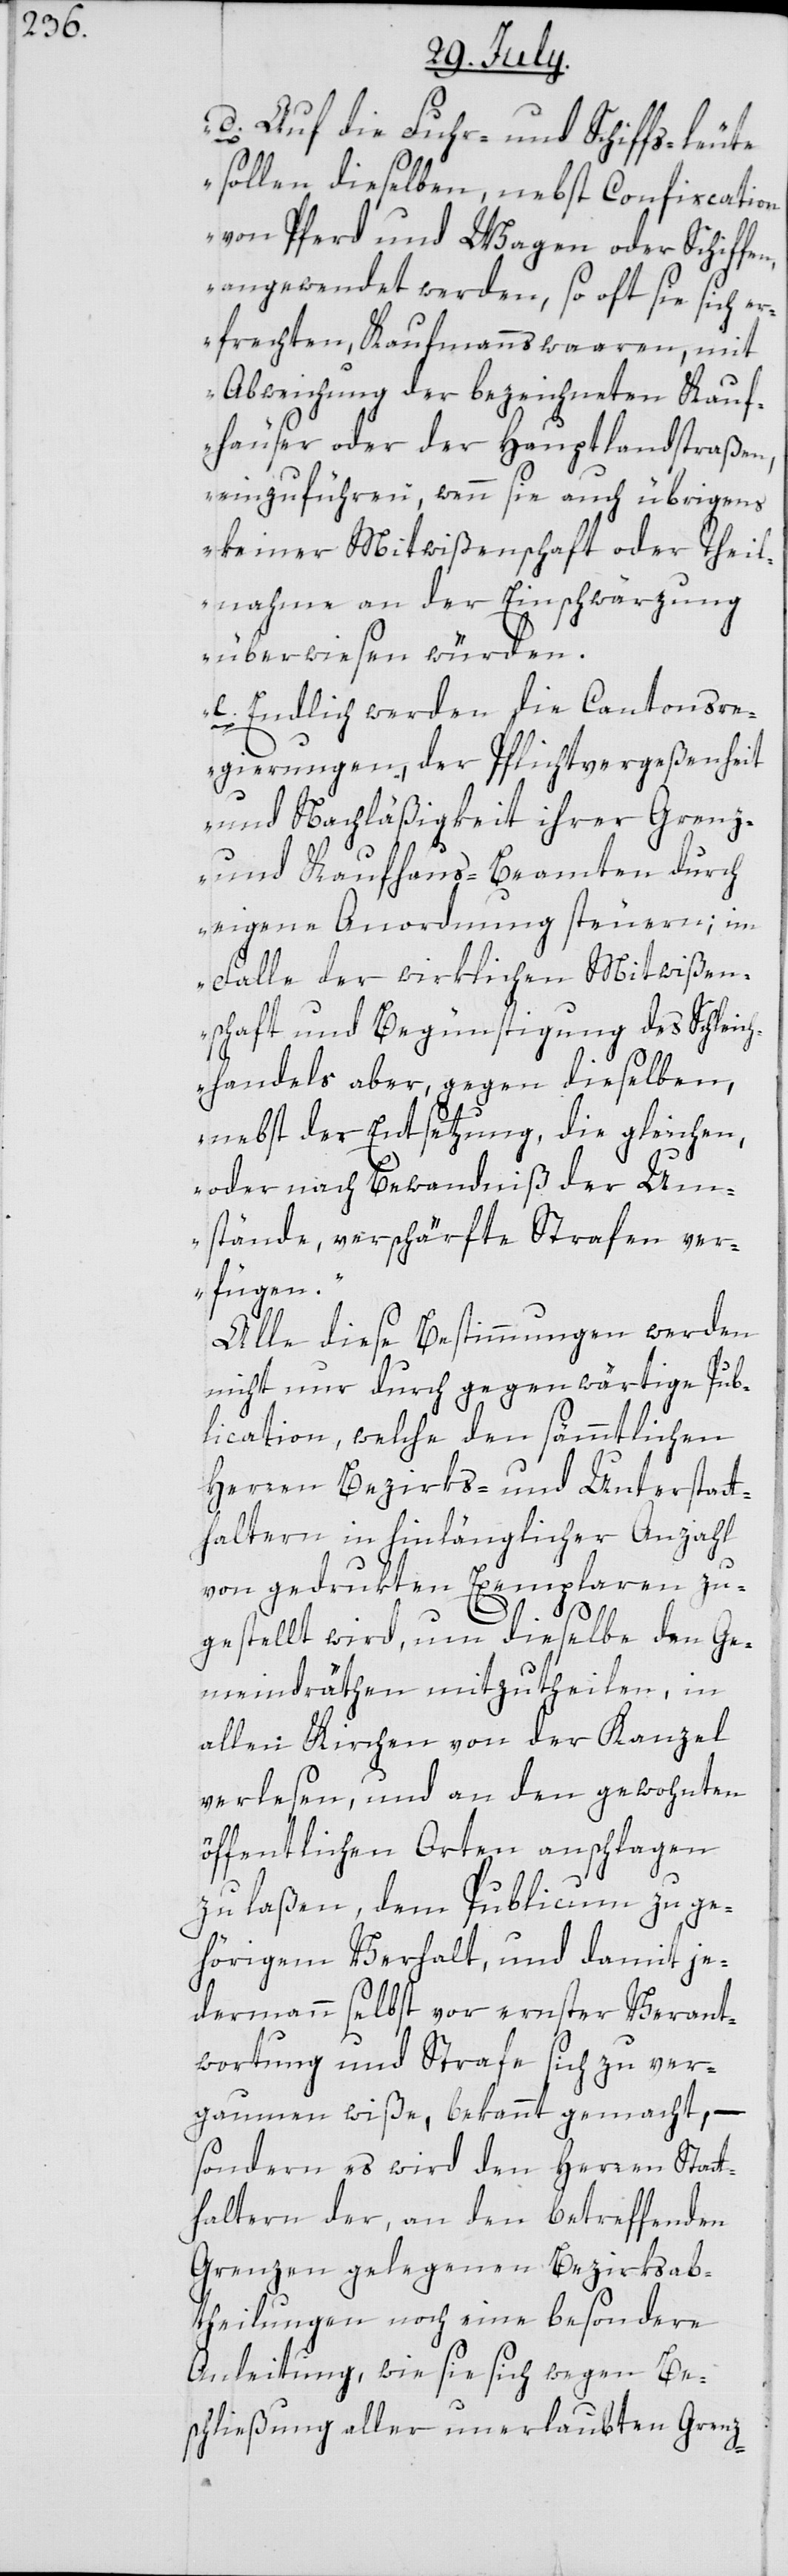
d. Auf die Fuhr- und Schiffs-leute
sollen dieselben, nebst Confiscation
von Pferd und Wagen oder Schiffen,
angewendet werden, so oft sie sich er¬
frechten, Kaufmannswaaren, mit
Abweichung der bezeichneten Kauf¬
häuser oder der Hauptlandstraßen
einzuführen, wenn sie auch übrigens
keiner Mitwißenschaft oder Theil¬
nahme an der Einschwärzung
überwiesen würden.
e. Endlich werden die Cantonsre¬
gierungen, der Pflichtvergeßenheit
und Nachläßigkeit ihrer Grenz-
und Kaufhaus-Beamten durch
eigene Anordnung steuern; im
Falle der wirklichen Mitwißen¬
schaft und Begünstigung des Schleic¬
hhandels aber, gegen dieselben,
nebst der Entsetzung, die gleichen,
oder nach Bewandtniß der Um¬
stände, verschärfte Strafen ver¬
fügen.“
Alle diese Bestimmungen werden
nicht nur durch gegenwärtige Pub¬
lication, welche den sämmtlichen
Herren Bezirks- und Unterstatt¬
haltern in hinlänglicher Anzahl
von gedrukten Exemplaren zu¬
gestellt wird, um dieselbe den Ge¬
meindräthen mitzutheilen, in
allen Kirchen von der Kanzel
verlesen, und an den gewohnten
öffentlichen Orten anschlagen
zu laßen, dem Publicum zu ge¬
hörigem Verhalt, und damit je¬
dermann selbst vor ernster Verant¬
wortung und Strafe sich zu ver¬
gaumen wiße, bekannt gemacht, –
sondern es wird den Herren Stat¬
thaltern der, an den betreffenden
Grenzen gelegenen Bezirksab¬
theilungen noch eine besondere
Anleitung, wie sie sich wegen Be¬
schließung aller unerlaubten Grenz-